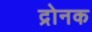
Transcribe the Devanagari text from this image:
द्रोनक